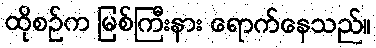
ထိုစဉ်က မြစ်ကြီးနား ရောက်နေသည်။